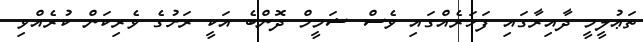
ތަޢުލީމީ ދާއިރާގައި ފަހަރެއްގައި ވެސް ޝަމީމް ދޮންބެ އަކީ ރަށުގެ ވެރިކަން ކުރެއްވި